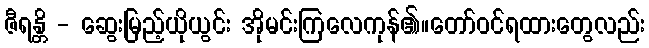
ဇီရန္တိ - ဆွေးမြည့်ယိုယွင်း အိုမင်းကြလေကုန်၏။တော်ဝင်ရထားတွေလည်း